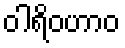
ဝါရိဝဟာဝ